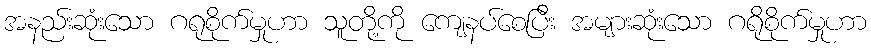
အနည်းဆုံးသော ဂရုစိုက်မှုဟာ သူတို့ကို ကျေနပ်စေပြီး အများဆုံးသော ဂရိုစိုက်မှုဟာ